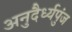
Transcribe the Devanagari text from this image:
अनुदैर्ध्यपुंज